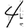
Digit: 4